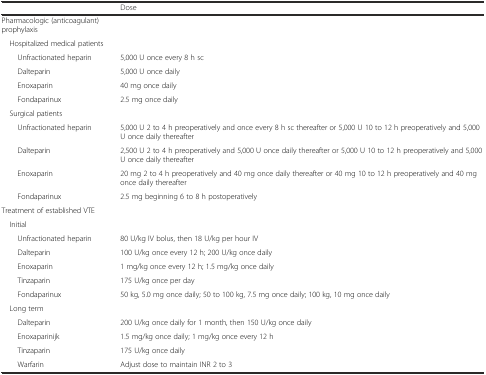
<table><thead><tr><td></td><td><b>Dose</b></td></tr></thead><tbody><tr><td>Pharmacologic (anticoagulant) prophylaxis</td><td></td></tr><tr><td> Hospitalized medical patients</td><td></td></tr><tr><td>Unfractionated heparin</td><td>5,000 U once every 8 h sc</td></tr><tr><td>Dalteparin</td><td>5,000 U once daily</td></tr><tr><td>Enoxaparin</td><td>40 mg once daily</td></tr><tr><td>Fondaparinux</td><td>2.5 mg once daily</td></tr><tr><td> Surgical patients</td><td></td></tr><tr><td>Unfractionated heparin</td><td>5,000 U 2 to 4 h preoperatively and once every 8 h sc thereafter or 5,000 U 10 to 12 h preoperatively and 5,000 U once daily thereafter</td></tr><tr><td>Dalteparin</td><td>2,500 U 2 to 4 h preoperatively and 5,000 U once daily thereafter or 5,000 U 10 to 12 h preoperatively and 5,000 U once daily thereafter</td></tr><tr><td>Enoxaparin</td><td>20 mg 2 to 4 h preoperatively and 40 mg once daily thereafter or 40 mg 10 to 12 h preoperatively and 40 mg once daily thereafter</td></tr><tr><td>Fondaparinux</td><td>2.5 mg beginning 6 to 8 h postoperatively</td></tr><tr><td>Treatment of established VTE</td><td></td></tr><tr><td> Initial</td><td></td></tr><tr><td>Unfractionated heparin</td><td>80 U/kg IV bolus, then 18 U/kg per hour IV</td></tr><tr><td>Dalteparin</td><td>100 U/kg once every 12 h; 200 U/kg once daily</td></tr><tr><td>Enoxaparin</td><td>1 mg/kg once every 12 h; 1.5 mg/kg once daily</td></tr><tr><td>Tinzaparin</td><td>175 U/kg once per day</td></tr><tr><td>Fondaparinux</td><td>50 kg, 5.0 mg once daily; 50 to 100 kg, 7.5 mg once daily; 100 kg, 10 mg once daily</td></tr><tr><td> Long term</td><td></td></tr><tr><td>Dalteparin</td><td>200 U/kg once daily for 1 month, then 150 U/kg once daily</td></tr><tr><td>Enoxaparinijk</td><td>1.5 mg/kg once daily; 1 mg/kg once every 12 h</td></tr><tr><td>Tinzaparin</td><td>175 U/kg once daily</td></tr><tr><td>Warfarin</td><td>Adjust dose to maintain INR 2 to 3</td></tr></tbody></table>